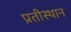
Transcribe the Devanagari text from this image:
प्रतीस्ठान